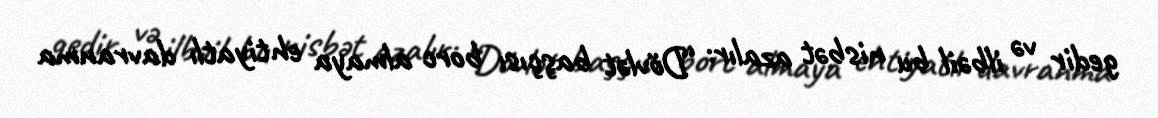
gedir və ilbəil bu nisbət azalır: “Dövlət başçısı borc almaya ehtiyatlı davranma